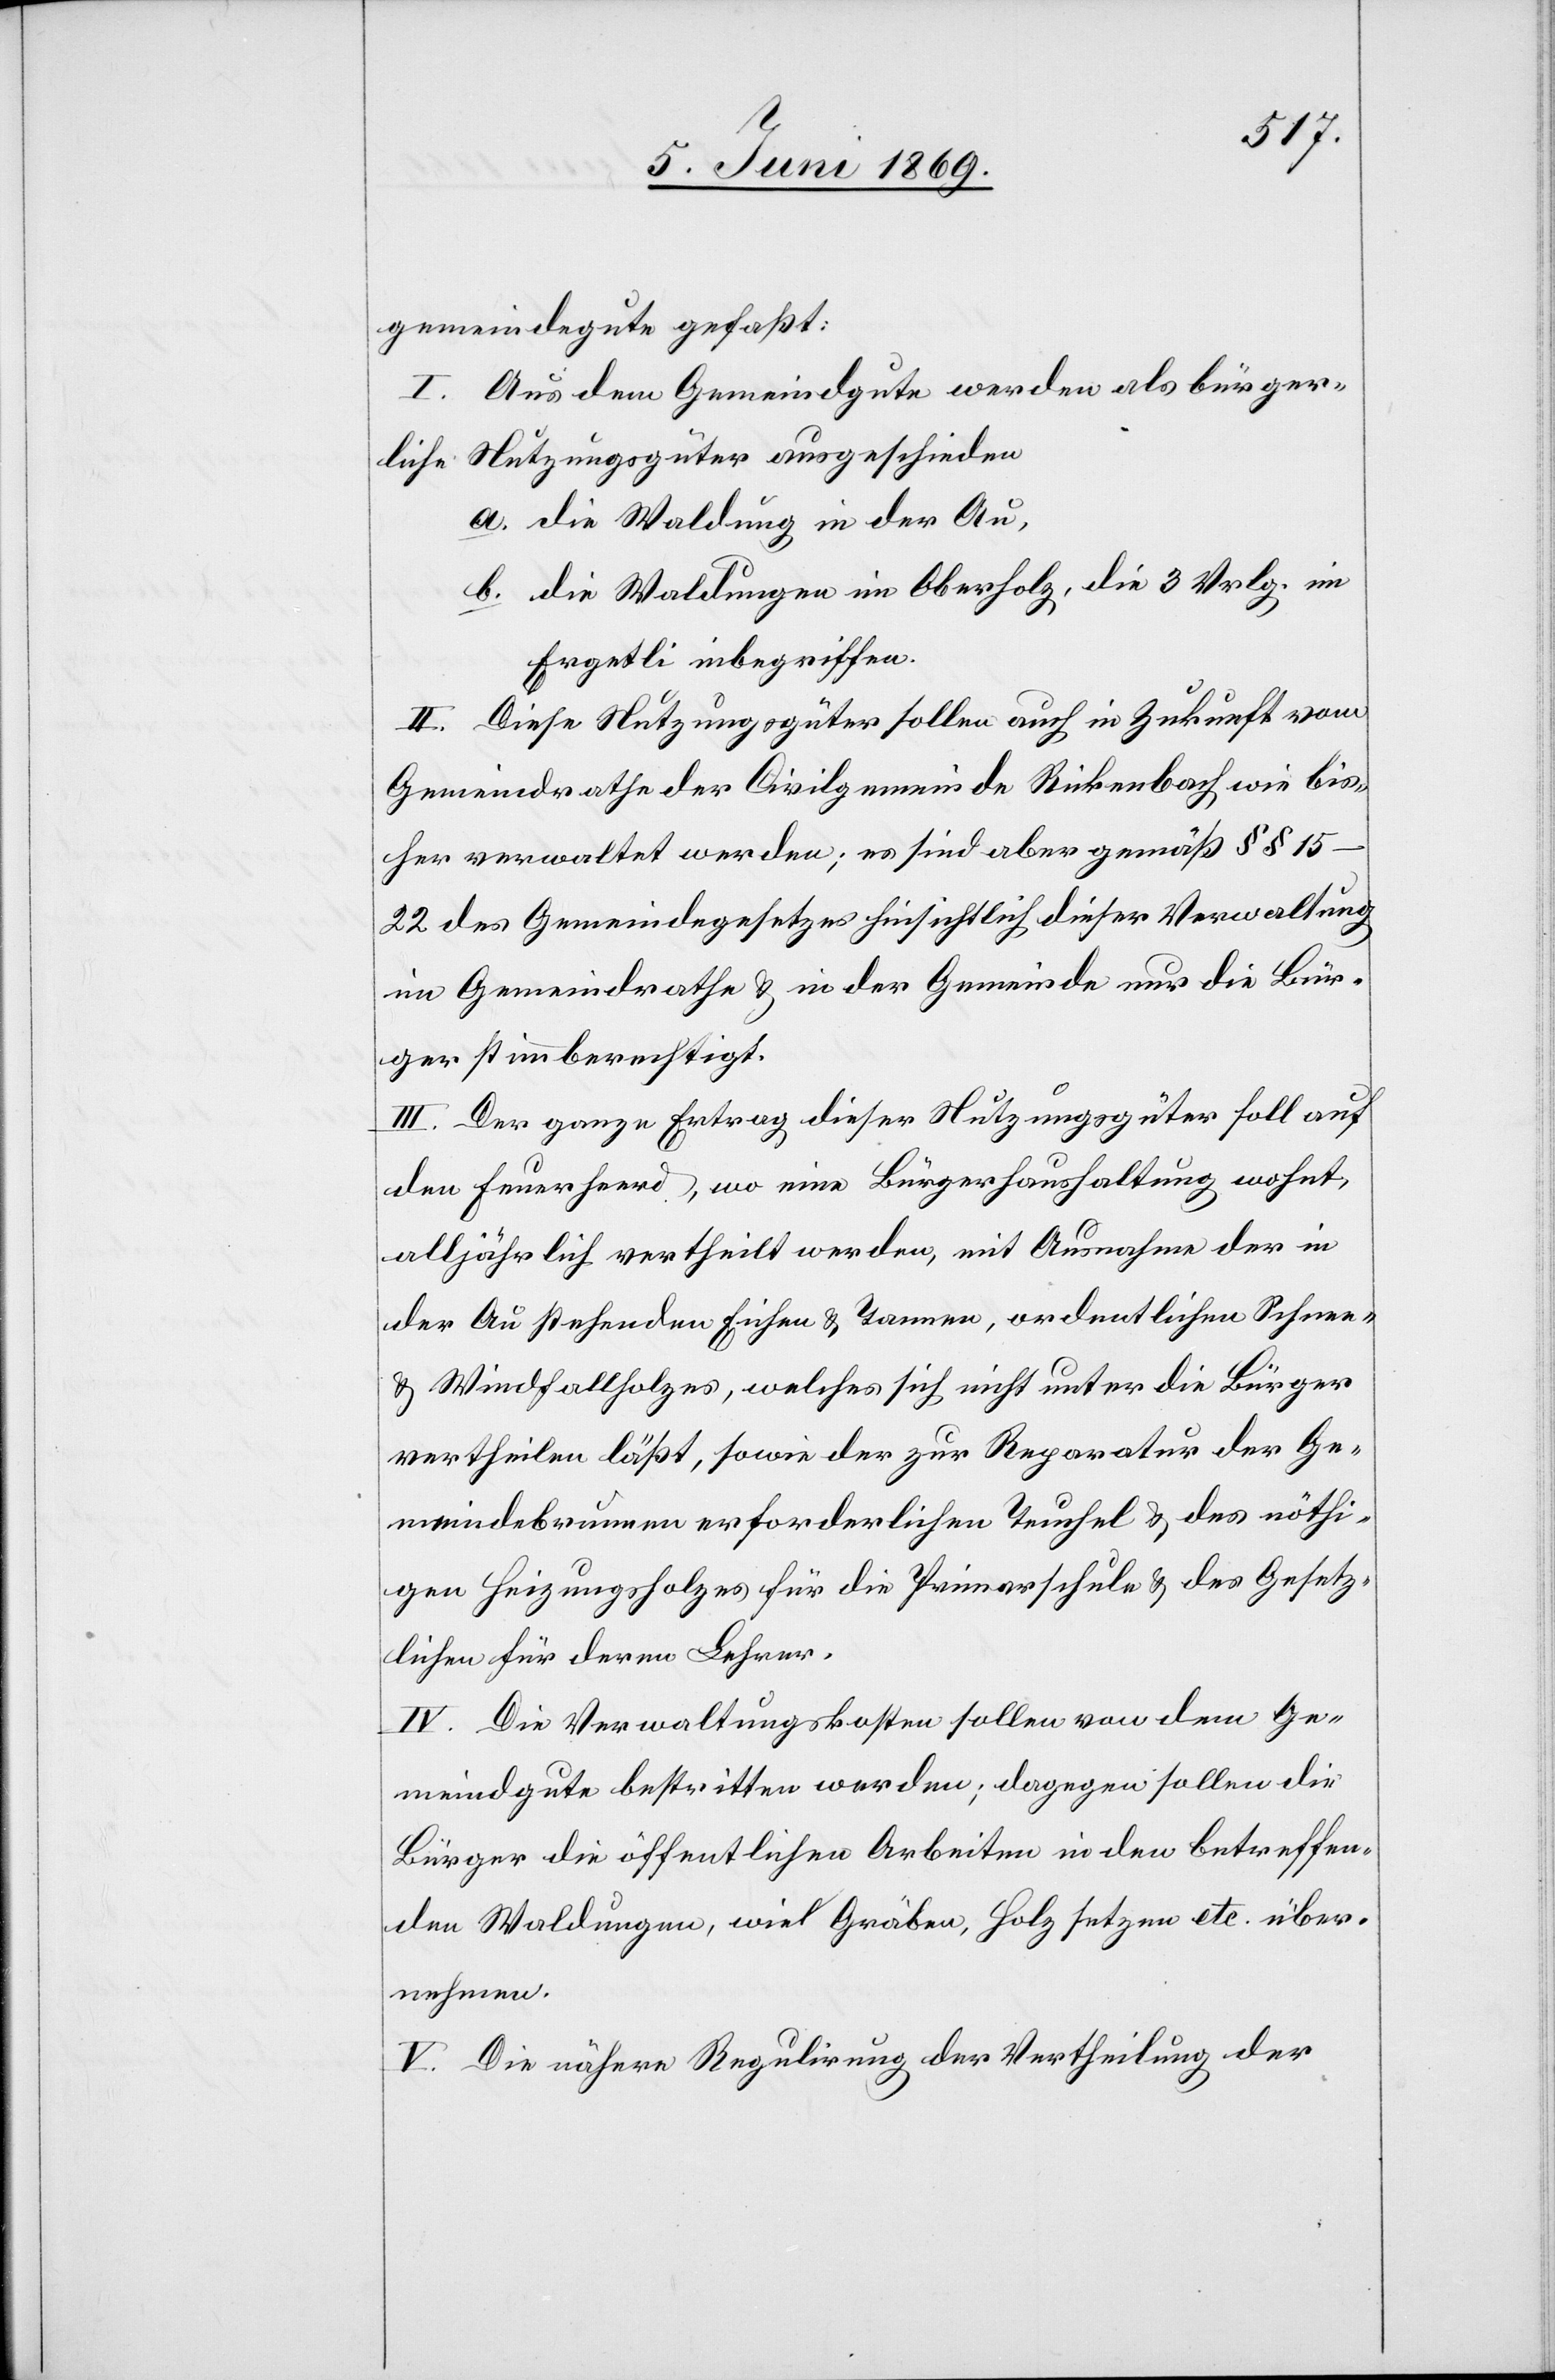
gemeindegute gefaßt:
I. Aus dem Gemeindsgute werden als bürger¬
liche Nutzungsgüter ausgeschieden
a. die Waldung in der Au,
b. die Waldungen im Oberholz, die 3 Vrlg. im
Ergetli inbegriffen.
II. Diese Nutzungsgüter sollen auch in Zukunft vom
Gemeindrathe der Civilgemeinde Rickenbach wie bis¬
her verwaltet werden; es sind aber gemäß §§
15–22 des Gemeindegesetzes hinsichtlich dieser Verwaltung
im Gemeindrathe u. in der Gemeinde nur die Bür¬
ger stimmberechtigt.
III. Der ganze Ertrag dieser Nutzungsgüter soll auf
den Feuerheerd [sic!], wo eine Bürgerhaushaltung wohnt,
alljährlich vertheilt werden, mit Ausnahme der in
der Au stehenden Eichen u. Tannen, ordentlichen Schnee-
u. Windfallholzes, welches sich nicht unter die Bürger
vertheilen läßt, sowie der zur Reparatur der Ge¬
meindebrunnen erforderlichen Teuchel u. des nöthi¬
gen Heizungsholzes für die Primarschule u. des Gesetz¬
lichen für deren Lehrer.
IV. Die Verwaltungskosten sollen von dem Ge¬
meindgute bestritten werden; dagegen sollen die
Bürger die öffentlichen Arbeiten in den betreffen¬
den Waldungen, wie Gräben, Holz setzen etc. über¬
nehmen.
V. Die nähere Regulirung der Vertheilung der